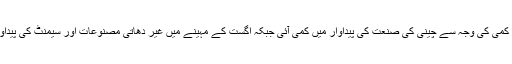
اسی طرح گنے کی پیداوار میں کمی کی وجہ سے چینی کی صنعت کی پیداوار میں کمی آئی جبکہ اگست کے مہینے میں غیر دھاتی مصنوعات اور سیمنٹ کی پیداوار میں 12.12 فیصد کمی آئی۔